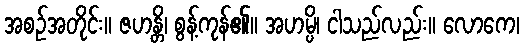
အစဉ်အတိုင်း။ ဇဟန္တိ၊ စွန့်ကုန်၏။ အဟမ္ပိ၊ ငါသည်လည်း။ လောကေ၊